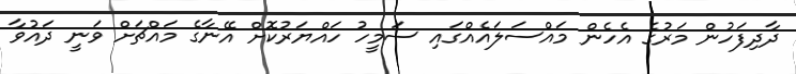
ދާދިފަހުން މަރުގެ އެހެން މައްސަލައެއްގައި ސަމީހު ހައްޔަރުކޮށް އޭނާގެ މައްޗަށް ވަނީ ދައުވާ